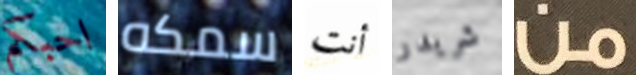
احبكم سمكه أنت شريدر من